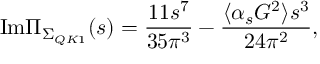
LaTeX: \mathrm { I m } \Pi _ { \Sigma _ { Q K 1 } } ( s ) = { \frac { 1 1 s ^ { 7 } } { 3 5 \pi ^ { 3 } } } - { \frac { \langle \alpha _ { s } G ^ { 2 } \rangle s ^ { 3 } } { 2 4 \pi ^ { 2 } } } ,